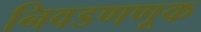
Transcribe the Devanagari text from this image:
निवडणणूक